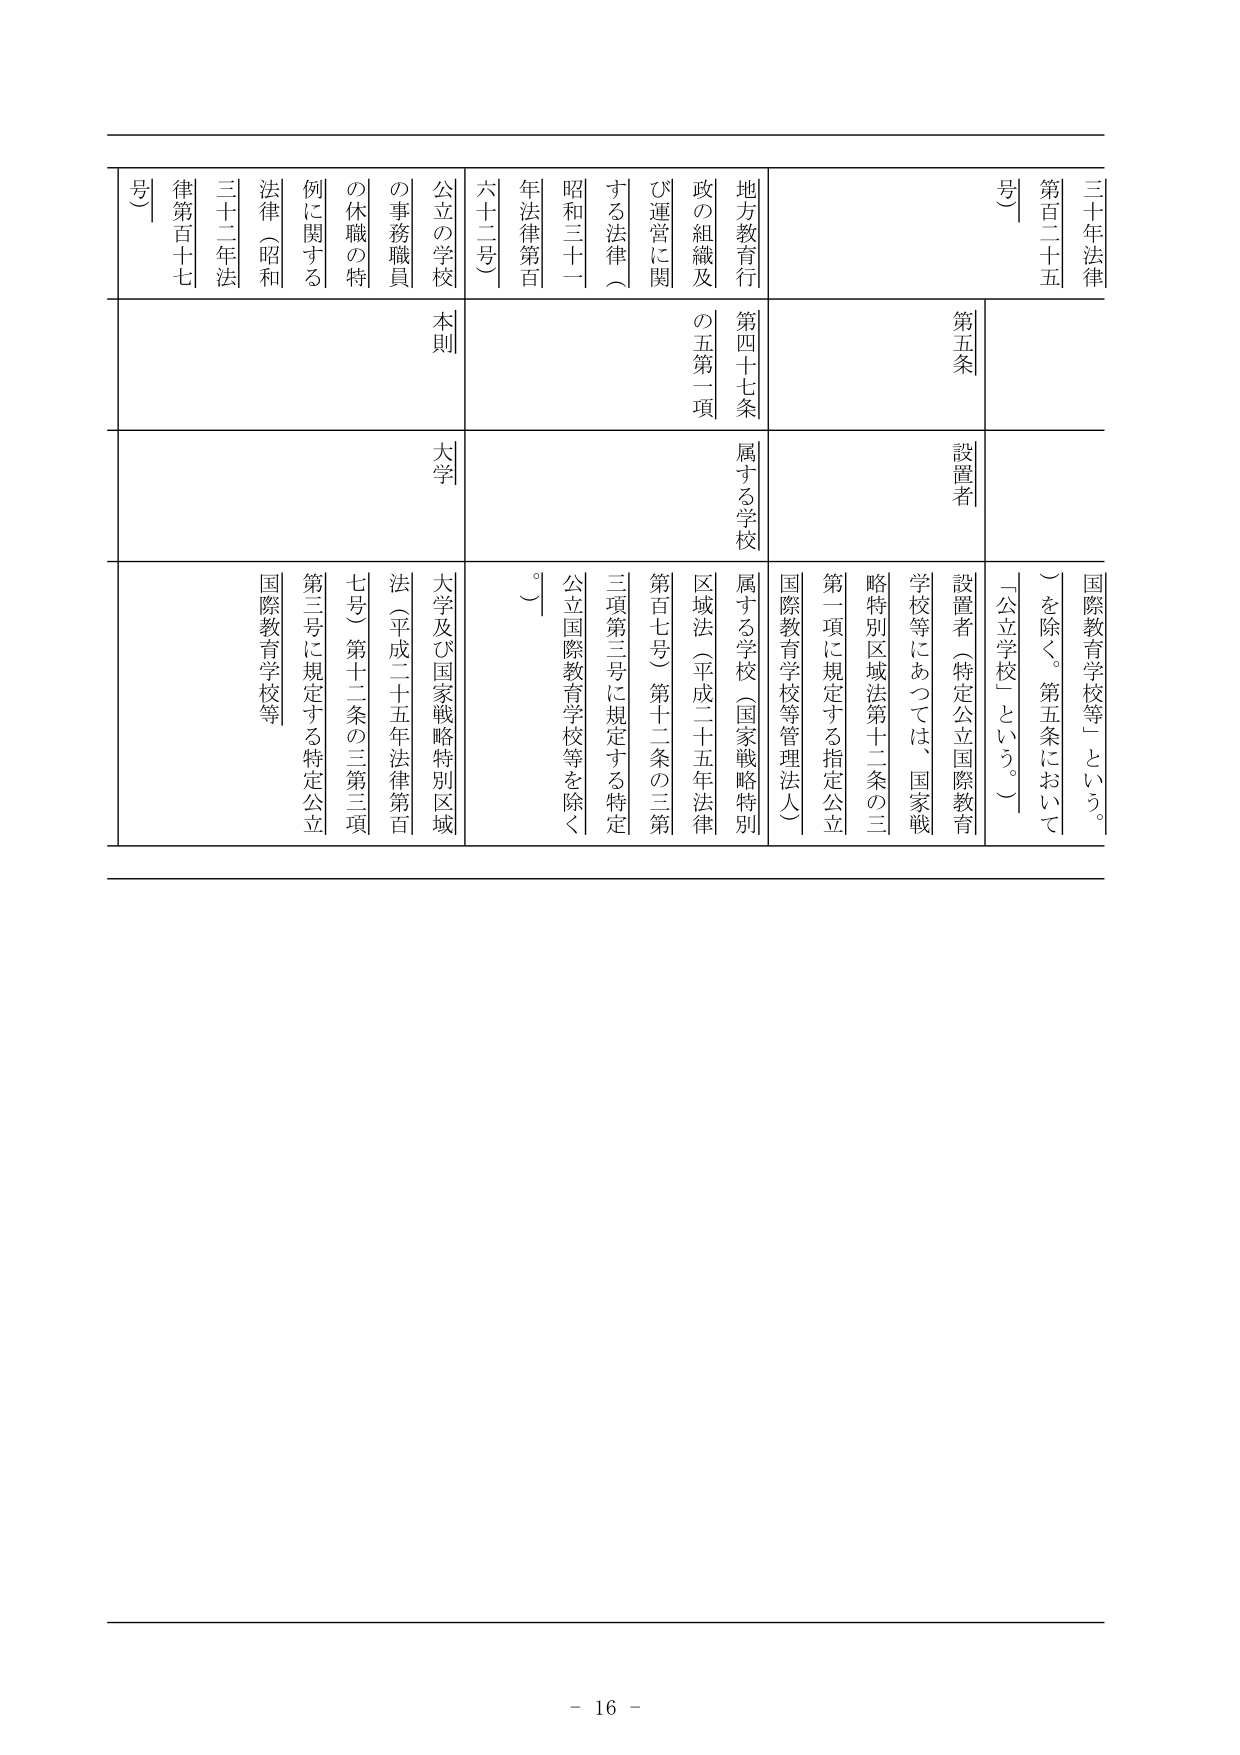
三十年法律
第百二十五号

地方教育行政の組織及び運営に関する法律（昭和三十一年法律第百六十二号）
公立の学校の事務職員の休職の特例に関する法律（昭和三十二年法律第百十七号）

第五条
設置者
属する学校
本則
大学

国際教育学校等（特定公立国際教育学校等にあつては、国家戦略特別区域法第十二条の三第一項に規定する指定公立国際教育学校等管理法人）
属する学校（国家戦略特別区域法（平成二十五年法律第百七号）第十二条の三第三項第三号に規定する特定公立国際教育学校等を除く。）
大学及び国家戦略特別区域法（平成二十五年法律第百七号）第十二条の三第三項第三号に規定する特定公立国際教育学校等

国際教育学校等」という。
」を除く。第五条において「公立学校」という。

- 16 -